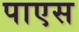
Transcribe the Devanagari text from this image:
पाएस